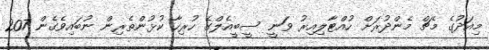
މިއަދުގެ މެޗް މެންދުރަށް ހުއްޓާލިއިރު ވަނީ ސީބީއެލްގެ ހުރިހާ ކުޅުންތެރިން ނުބައިވެގެން 207